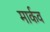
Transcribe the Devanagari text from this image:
मार्कव